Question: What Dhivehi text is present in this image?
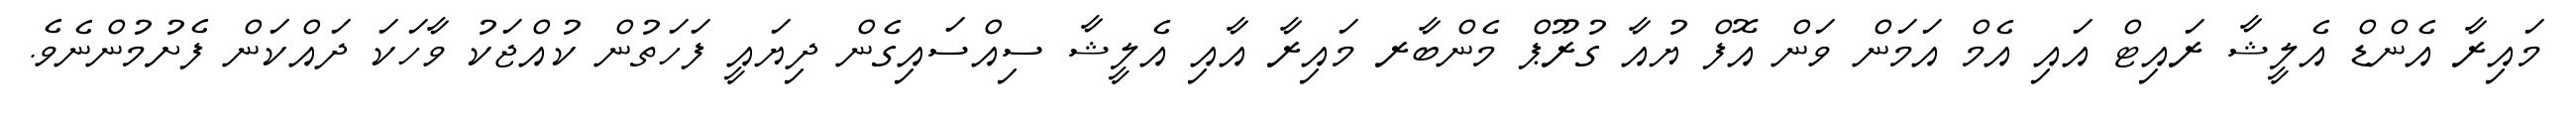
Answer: މައިރާ އެންޑް އެލީޝާ ރައިޓް އައި އެމް އަމަން ވަން އޮފް ޔުއާ ގުރޫޕް މެންބާރ މައިރާ އާއި އެލީޝާ ސިއްސައިގެން ދިޔައީ ފަހަތުން ކުއްޖަކު ވާހަކަ ދައްކަން ފެށުމުންނެވެ.